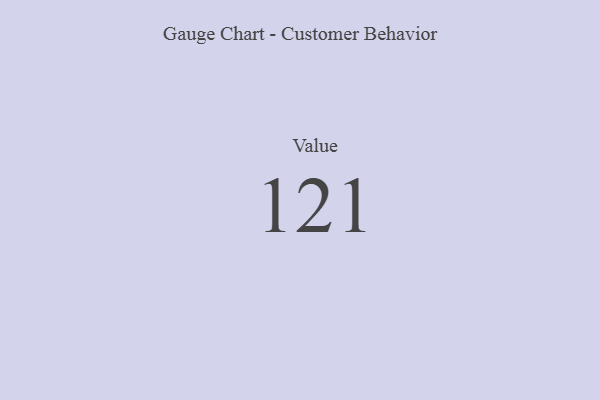
{"axis": {"x": "Metric", "y": "Value"}, "legend": [""], "data": [{"x": "Value", "y": 121, "type": ""}]}